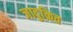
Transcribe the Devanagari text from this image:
जादुक्रित